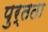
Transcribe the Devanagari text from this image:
पुर्तता